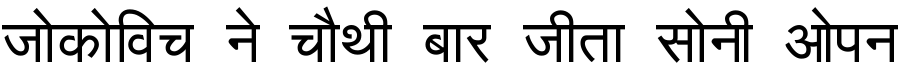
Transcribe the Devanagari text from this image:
जोकोविच ने चौथी बार जीता सोनी ओपन